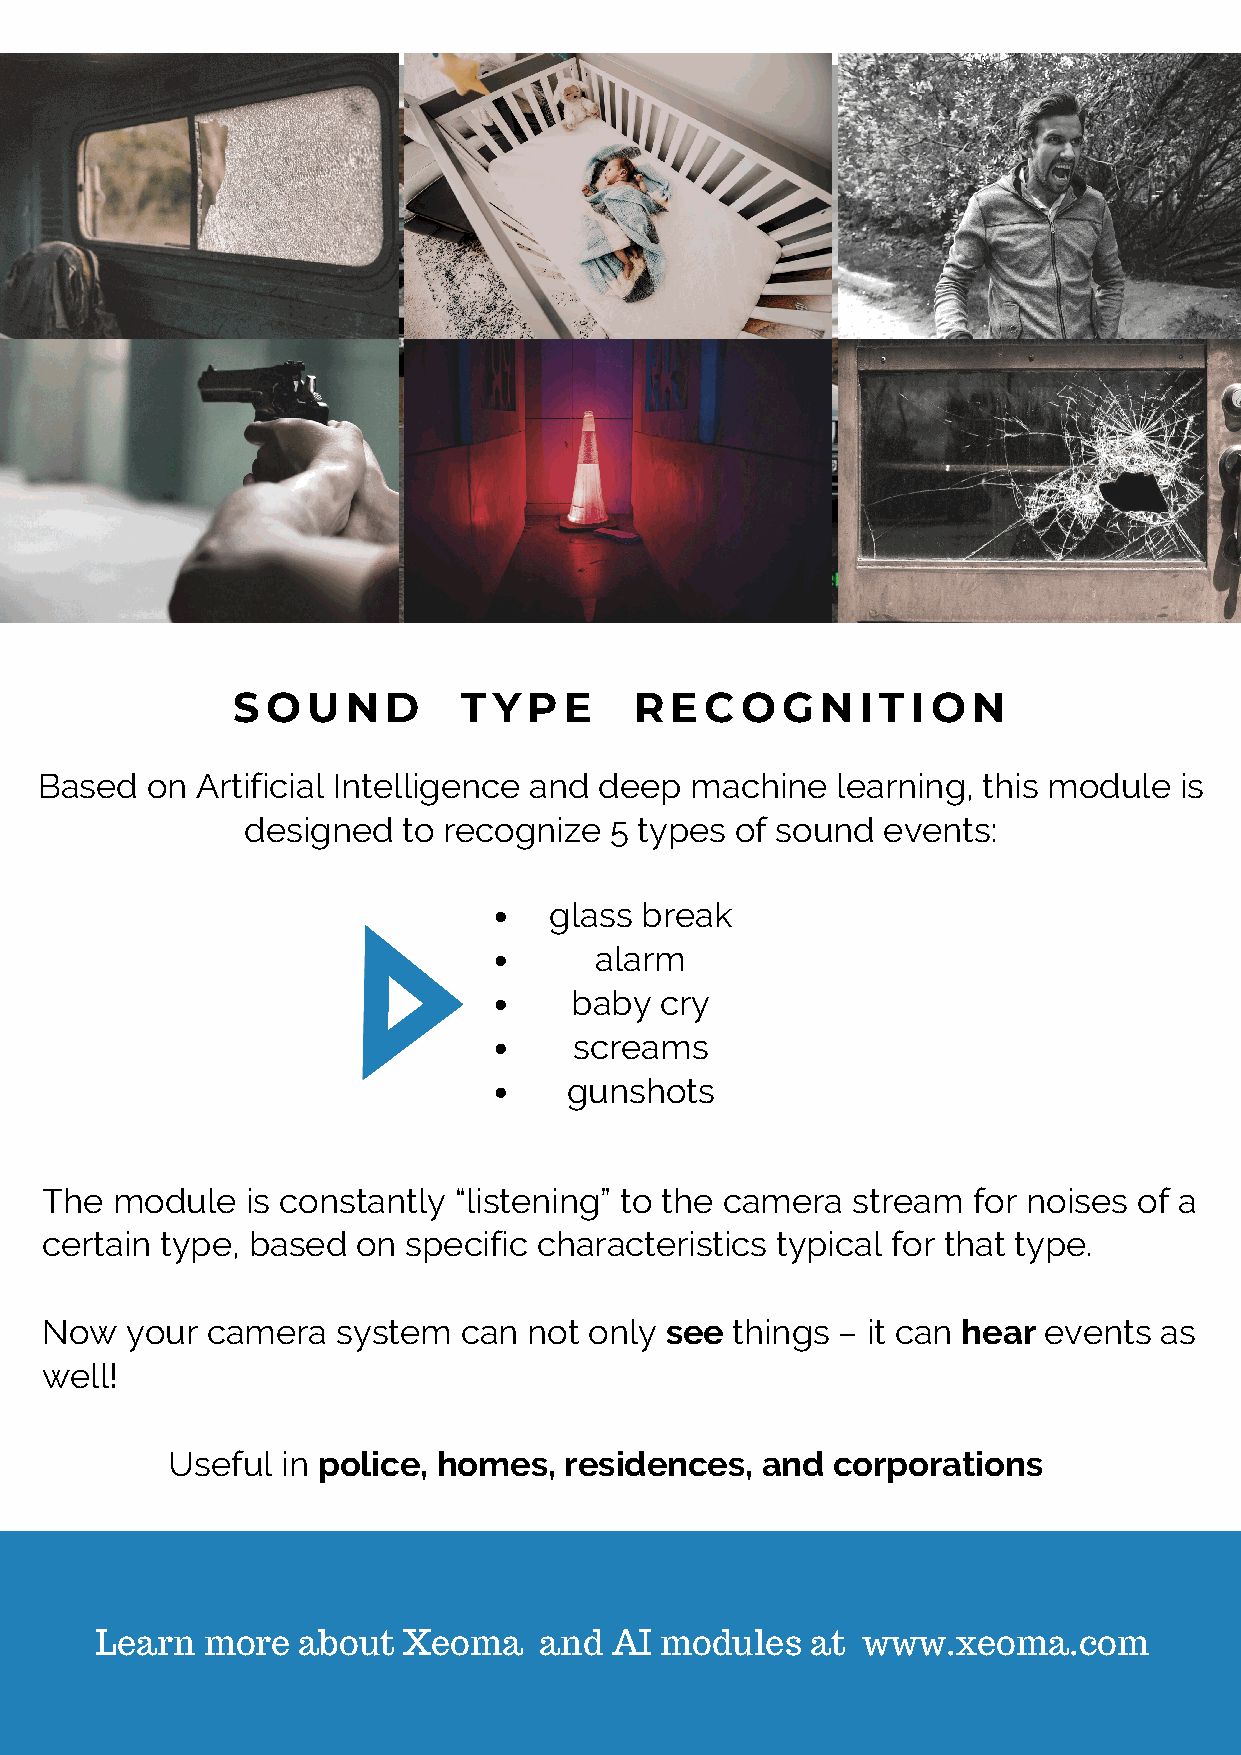
SOUND           TYPE       RECOGNITION
 Based   on Artificial Intelligence and deep machine  learning, this module  is
 designed   to recognize 5 types  of sound events:
 glass break
 alarm
 baby  cry
 screams
 gunshots
 The module   is constantly “listening” to the camera stream  for noises of a
 certain type, based  on specific characteristics typical for that type.
 Now  your  camera  system  can  not only see things – it can hear events  as
 well!
 Useful  in police, homes, residences,  and  corporations
 Learn  more   about  Xeoma    and AI  modules   at www.xeoma.com